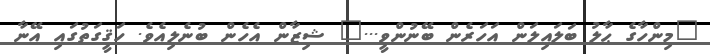
"މިންހާގެ ޙާލު ބަލައިލަން އަހަރެން ބޭނުންވީ..." ޝިޒާން އެހެން ބުނެލިއެވެ. ހަޤީގަތުގައި އޭނާ